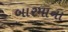
બારમાના